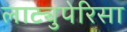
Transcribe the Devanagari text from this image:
लाट्युपेरिसा